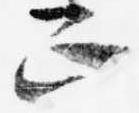
正